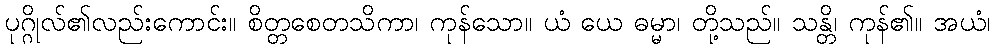
ပုဂ္ဂိုလ်၏လည်းကောင်း။ စိတ္တစေတသိကာ၊ ကုန်သော။ ယံ ယေ ဓမ္မာ၊ တို့သည်။ သန္တိ၊ ကုန်၏။ အယံ၊